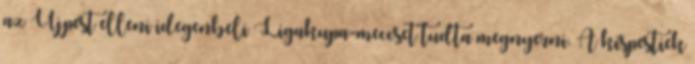
az Újpest elleni idegenbeli Ligakupa-meccset tudta megnyerni. A kispestiek